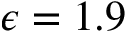
\epsilon = 1 . 9